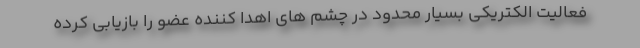
فعالیت الکتریکی بسیار محدود در چشم های اهدا کننده عضو را بازیابی کرده